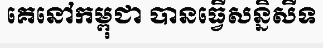
គេនៅកម្ពុជា បានធ្វើសន្និសីទ